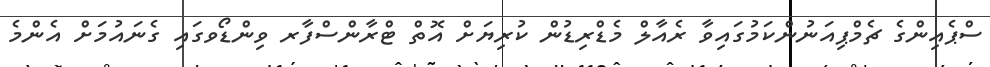
ސްޕެއިންގެ ޗެމްޕިއަނުންކަމުގައިވާ ރެއާލް މެޑްރިޑުން ކުރިޔަށް އޮތް ޓްރާންސްފާރ ވިންޑޯވގައި ގެނައުމަށް އެންމެ